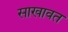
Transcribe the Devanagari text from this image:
साखावत